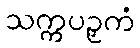
သက္ကပဉှကံ